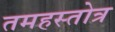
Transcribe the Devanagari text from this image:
तमहस्तोत्र